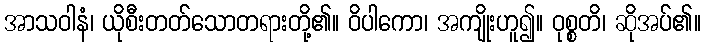
အာသဝါနံ၊ ယိုစီးတတ်သောတရားတို့၏။ ဝိပါကော၊ အကျိုးဟူ၍။ ဝုစ္စတိ၊ ဆိုအပ်၏။